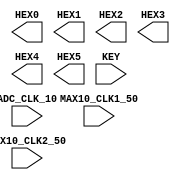

//=======================================================
//  This code is generated by Terasic System Builder
//=======================================================

module Stopwatch(

	//////////// CLOCK //////////
	input 		          		ADC_CLK_10,
	input 		          		MAX10_CLK1_50,
	input 		          		MAX10_CLK2_50,

	//////////// SEG7 //////////
	output		     [7:0]		HEX0,
	output		     [7:0]		HEX1,
	output		     [7:0]		HEX2,
	output		     [7:0]		HEX3,
	output		     [7:0]		HEX4,
	output		     [7:0]		HEX5,

	//////////// KEY //////////
	input 		     [1:0]		KEY
);



//=======================================================
//  REG/WIRE declarations
//=======================================================




//=======================================================
//  Structural coding
//=======================================================



endmodule